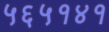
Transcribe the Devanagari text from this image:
५६५१४१